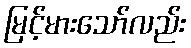
မြင့်မားသော်လည်း